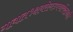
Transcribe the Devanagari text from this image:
गावात१क्षयरोगउपचारकेंद्रआहे